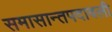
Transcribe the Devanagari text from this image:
समासान्तपदावली